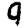
Digit: 9